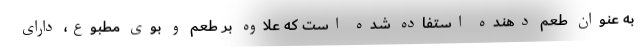
به عنوان طعم دهنده استفاده شده است که علاوه بر طعم و بوی مطبوع، دارای